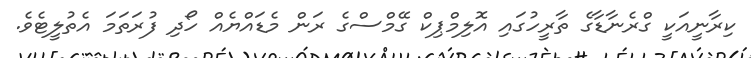
ކިރާނީއަކީ ގްރެނާޑާގެ ތާރީހުގައި އޮލިމްޕިކް ގޭމްސްގެ ރަން މެޑައްޔެއް ހޯދި ފުރަތަމަ އެތުލީޓެވެ.